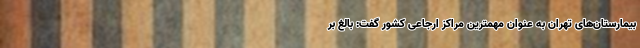
بیمارستان‌های تهران به عنوان مهمترین مراکز ارجاعی کشور گفت: بالغ بر